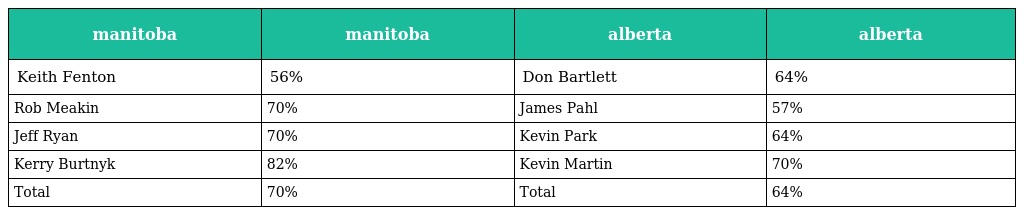
| manitoba | manitoba | alberta | alberta |
 | --- | --- | --- | --- |
 | Keith Fenton | 56% | Don Bartlett | 64% |
 | Rob Meakin | 70% | James Pahl | 57% |
 | Jeff Ryan | 70% | Kevin Park | 64% |
 | Kerry Burtnyk | 82% | Kevin Martin | 70% |
 | Total | 70% | Total | 64% |